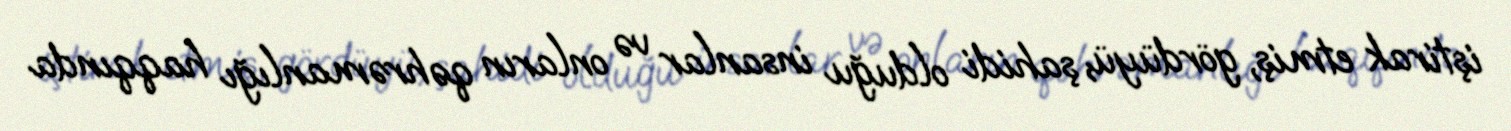
iştirak etmiş, gördüyü, şahidi olduğu insanlar və onların qəhrəmanlığı haqqında